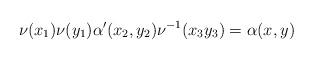
LaTeX: \begin{align*}\nu(x_1)\nu(y_1)\alpha'(x_2,y_2)\nu^{-1}(x_3y_3) = \alpha(x,y)\end{align*}